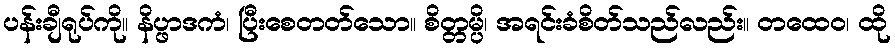
ပန်းချီရုပ်ကို။ နိပ္ဖာဒကံ၊ ပြီးစေတတ်သော။ စိတ္တမ္ပိ၊ အရင်းခံစိတ်သည်လည်း။ တထေဝ၊ ထို